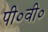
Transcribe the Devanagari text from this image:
पी०वी०